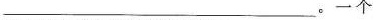
_______。一个